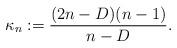
LaTeX: \begin{align*}\kappa_{n}:=\frac{(2n-D)(n-1)}{n-D}.\end{align*}